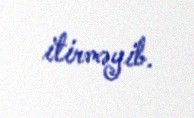
itirməyib.